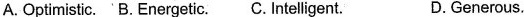
A.Optimistic.' B.Energetic. C. Inteligent. D. Generous.